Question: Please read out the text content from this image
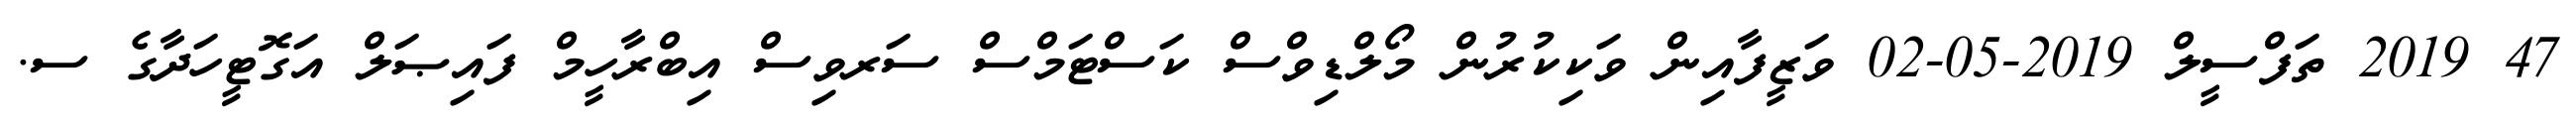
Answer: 47 2019 ތަފްސީލް 2019-05-02 ވަޒީފާއިން ވަކިކުރުން މޯލްޑިވްސް ކަސްޓަމްސް ސަރވިސް އިބްރާހީމް ފައިޞަލް އަގޮޓީހަދާގެ ސ.